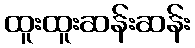
ထူးထူးဆန်းဆန်း